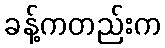
ခန့်ကတည်းက